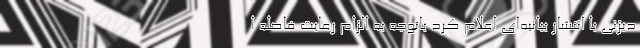
دیزنی با انتشار بیانیه‌ای اعلام کرد باتوجه به الزام رعایت فاصله ا